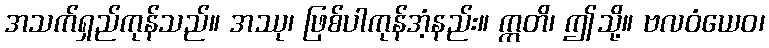
အသက်ရှည်ကုန်သည်။ အဿု၊ ဖြစ်ပါကုန်အံ့နည်း။ ဣတိ၊ ဤသို့။ ဗလဝံယေဝ၊